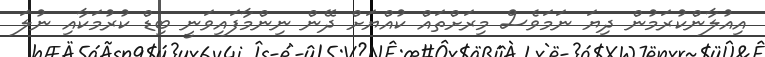
އިއުލާންކުރަމުން ދިޔަ ނަމަވެސް މިރަށްތައް ކުއްޔަށް ދޭން ނިންމާފައިވަނީ ބިޑް ކުރުމަކާއި ނުލަ